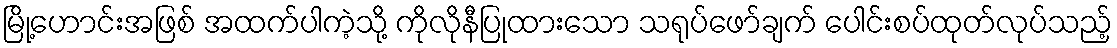
မြို့ဟောင်းအဖြစ် အထက်ပါကဲ့သို့ ကိုလိုနီပြုထားသော သရုပ်ဖော်ချက် ပေါင်းစပ်ထုတ်လုပ်သည့်